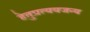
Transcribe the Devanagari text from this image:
हेतुप्रत्ययजन्य